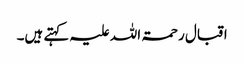
اقبال رحمۃ اللہ علیہ کہتے ہیں۔